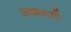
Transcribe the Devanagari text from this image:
उच्छवासों